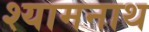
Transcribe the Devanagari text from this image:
श्यामनाथ